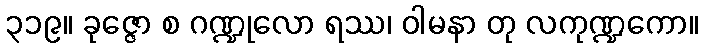
၃၁၉။ ခုဇ္ဇော စ ဂဏ္ဍုလော ရဿ၊ ဝါမနာ တု လကုဏ္ဍကော။